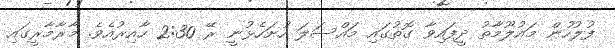
ފުލުހުން މައުލޫމާތު ދީފައިވާ ގޮތުގައި މައްސަލަ ހުށަހެޅުނީ ރޭ 2:30 ހާއިރުއެވެ. މާރާމާރީގައި